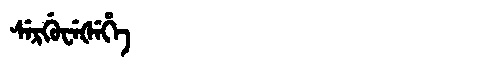
Manchu: ᠰᡝᡵᡤᡠᠸᡝᡧᡝᡥᡝ
Romanization: SERGUWEŠEHE